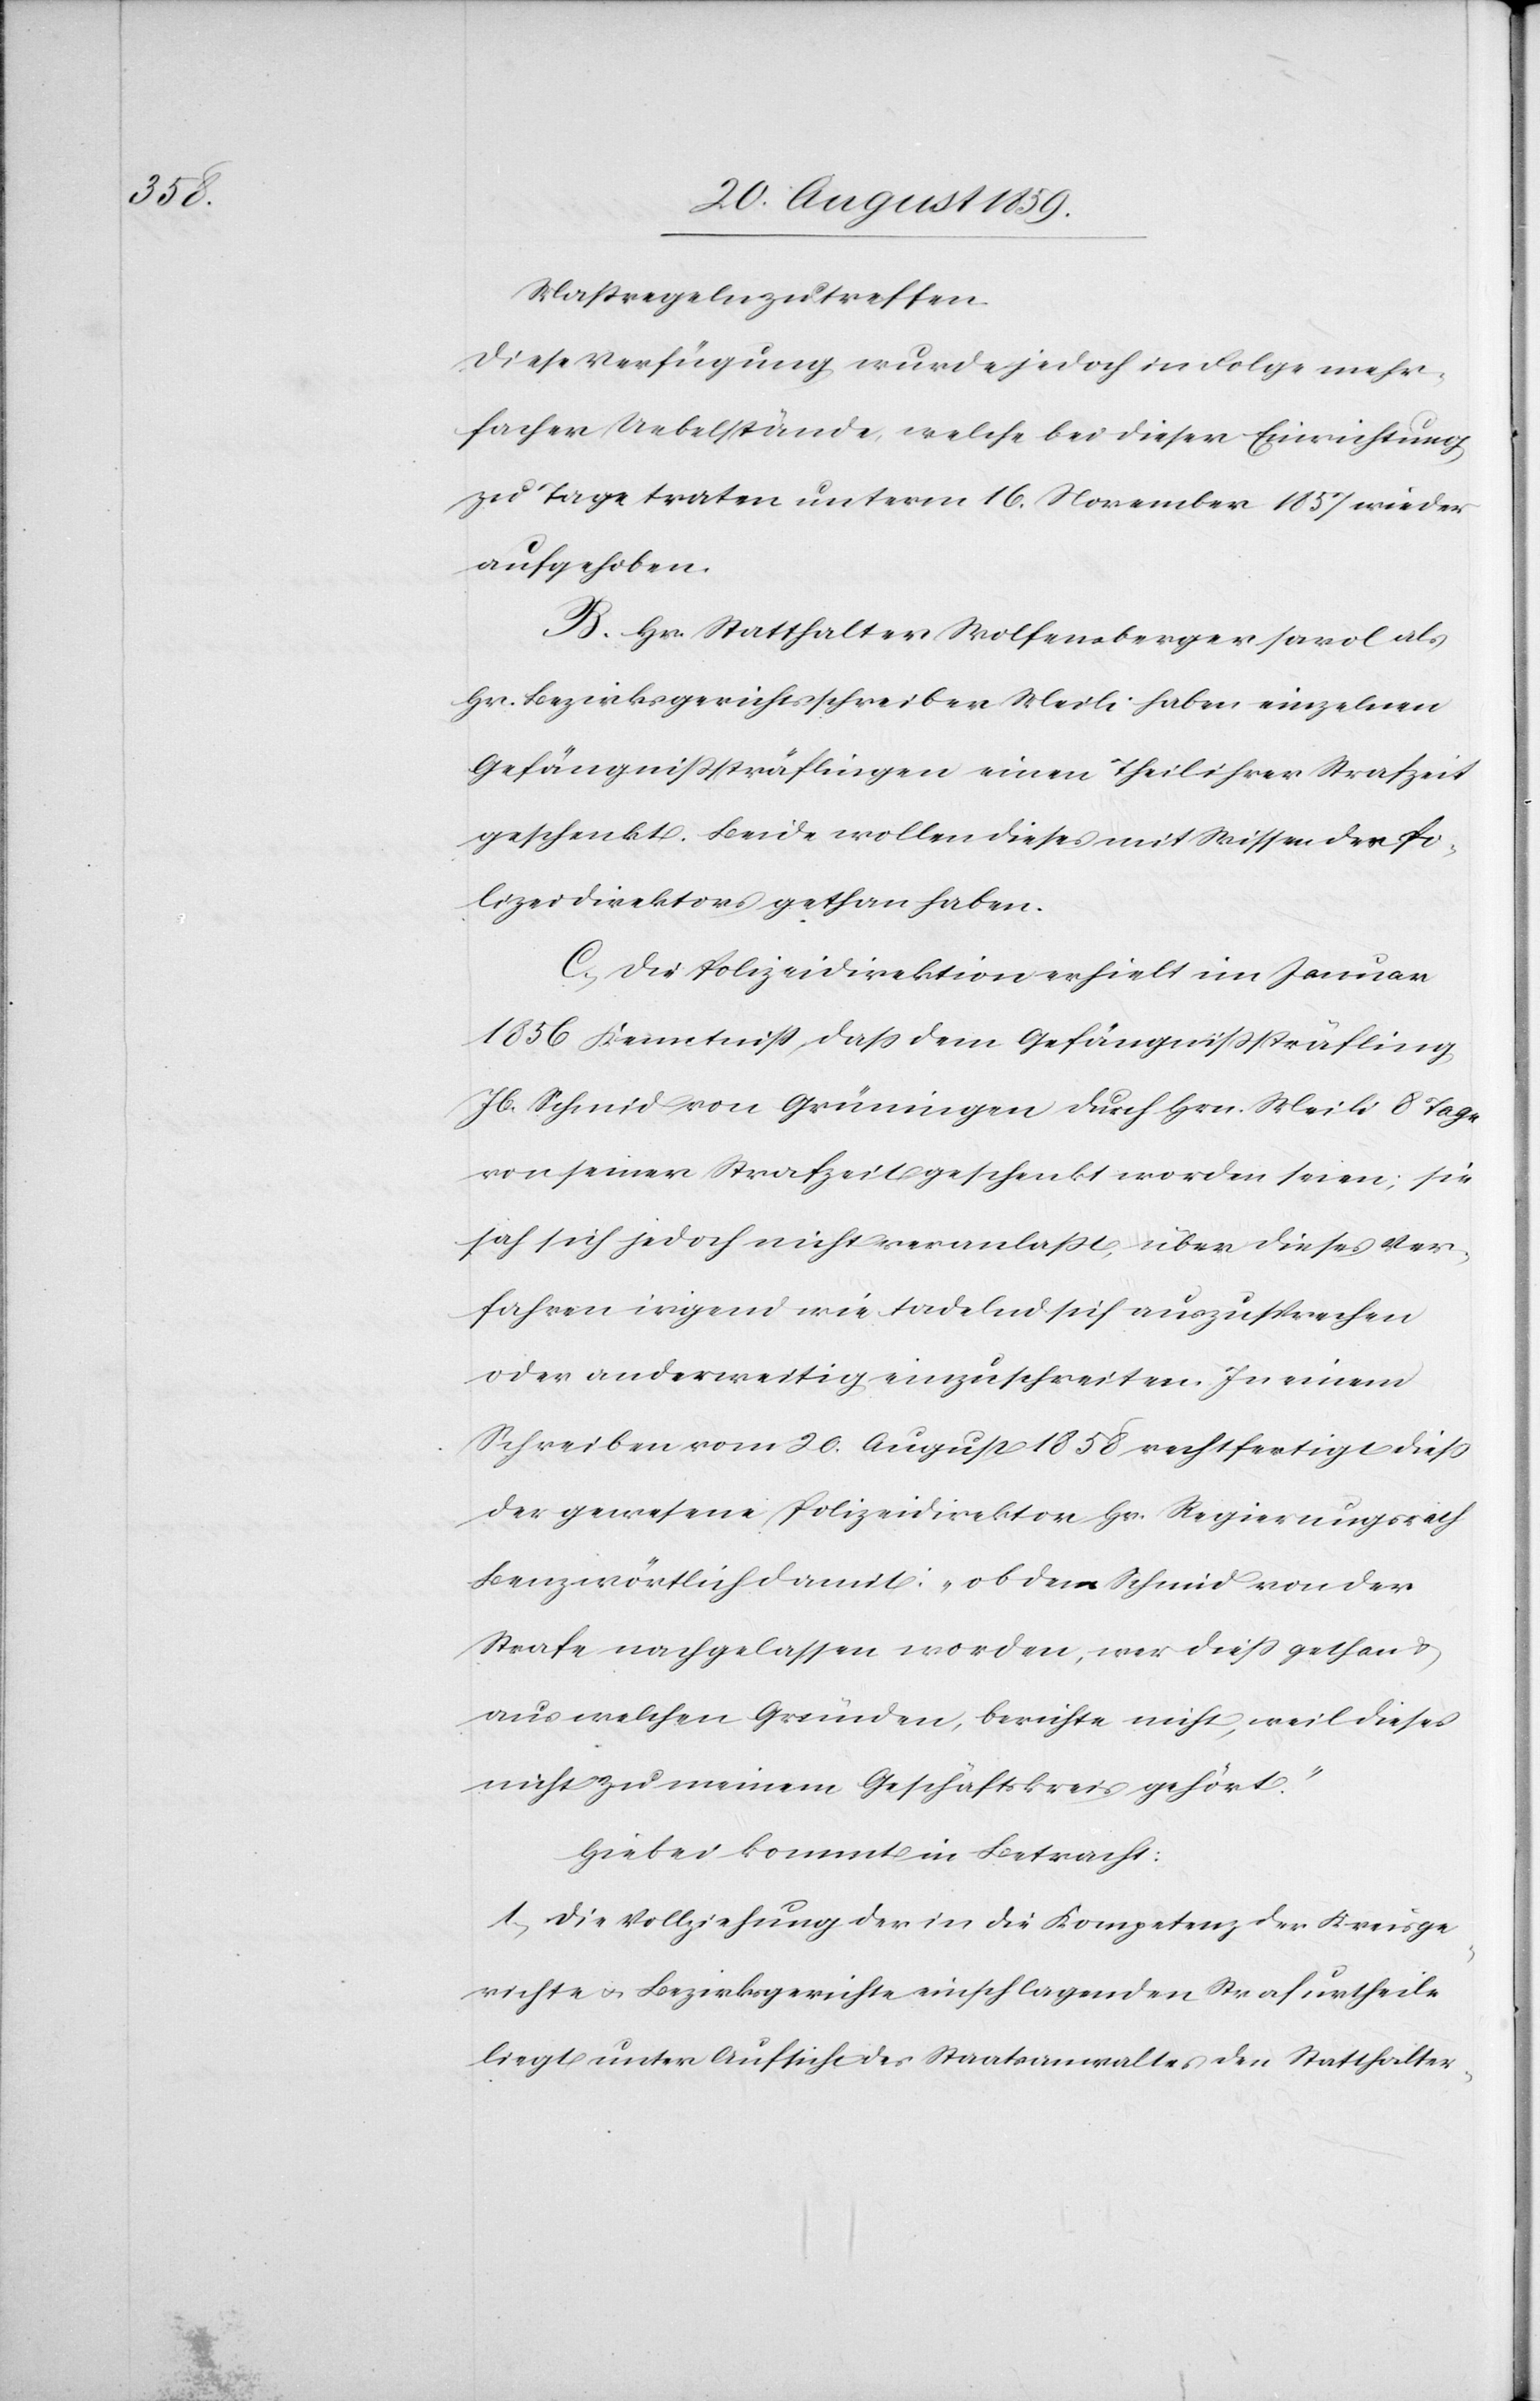
Maßregeln zu treffen.
Diese Verfügung wurde jedoch in Folge mehr¬
facher Uebelstände, welche bei dieser Einrichtung
zu Tage traten unterm 16. November 1857 wieder
aufgehoben.
B. Hr. Statthalter Wolfensberger sowol als
Hr. Bezirksgerichtsschreiber Meili haben einzelnen
Gefängnißsträflingen einen Theil ihrer Strafzeit
geschenkt. Beide wollen dieses mit Wissen des Po¬
lizeidirektors gethan haben.
C. Die Polizeidirektion erhielt im Januar
1856 Kenntniß daß dem Gefängnißsträfling
Jb. Schmid von Grüningen durch Hrn. Meili 8 Tage
von seiner Strafzeit geschenkt worden seien; sie
sah sich jedoch nicht veranlaßt, über dieses Ver¬
fahren irgend wie tadelnd sich auszusprechen
oder anderweitig einzuschreiten. In einem
Schreiben vom 20. August 1858 rechtfertigt dieß
der gewesene Polizeidirektor Hr. Regierungsrich
Benz wörtlich damit: „ob dem Schmid von der
Strafe nachgelassen worden, wer dieß gethan &
aus welchen Gründen, berichte nicht, weil dieses
nicht zu meinem Geschäftskreis gehört“.
Hiebei kommt in Betracht:
1. Die Vollziehung der in die Kompetenz der Kreisge¬
richte & Bezirksgericht einschlagenden Strafurtheile
liegt unter Aufsicht des Staatsanwaltes den Statthalter-